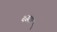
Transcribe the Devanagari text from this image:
दस्वा